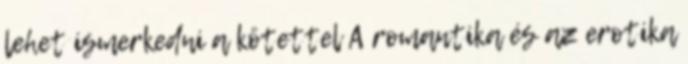
lehet ismerkedni a kötettel A romantika és az erotika